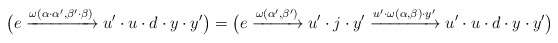
\begin{align*} \big(e\xrightarrow{\omega(\alpha\cdot{}\alpha',\beta'\cdot{}\beta)}u'\cdot{}u\cdot{}d\cdot{}y\cdot{}y'\big) =\big( e\xrightarrow{\omega(\alpha',\beta')}u'\cdot{}j\cdot{}y' \xrightarrow{u'\cdot{}\omega(\alpha,\beta)\cdot{}y'}u'\cdot{}u\cdot{}d\cdot{}y\cdot{}y'\big)\end{align*}